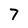
Character: 7